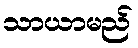
သာယာမည်